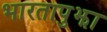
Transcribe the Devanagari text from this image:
भारतापुझा